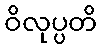
ဝိလုပ္ပတိ